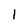
Character: l